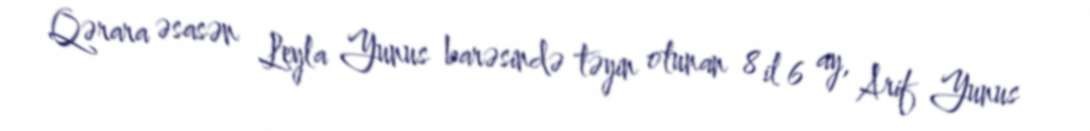
Qərara əsasən Leyla Yunus barəsində təyin olunan 8 il 6 ay, Arif Yunus